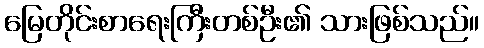
မြေတိုင်းစာရေးကြီးတစ်ဦး၏ သားဖြစ်သည်။